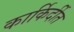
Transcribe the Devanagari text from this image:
कार्किर्दीत